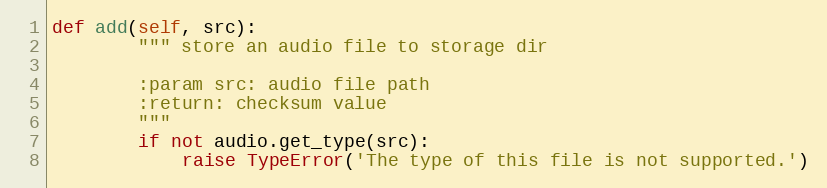
Language: Python
def add(self, src):
        """ store an audio file to storage dir

        :param src: audio file path
        :return: checksum value
        """
        if not audio.get_type(src):
            raise TypeError('The type of this file is not supported.')